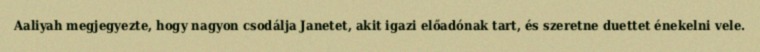
Aaliyah megjegyezte, hogy nagyon csodálja Janetet, akit igazi előadónak tart, és szeretne duettet énekelni vele.